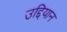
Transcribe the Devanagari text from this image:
उद्दियान